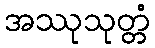
အဿုသုတ္တံ